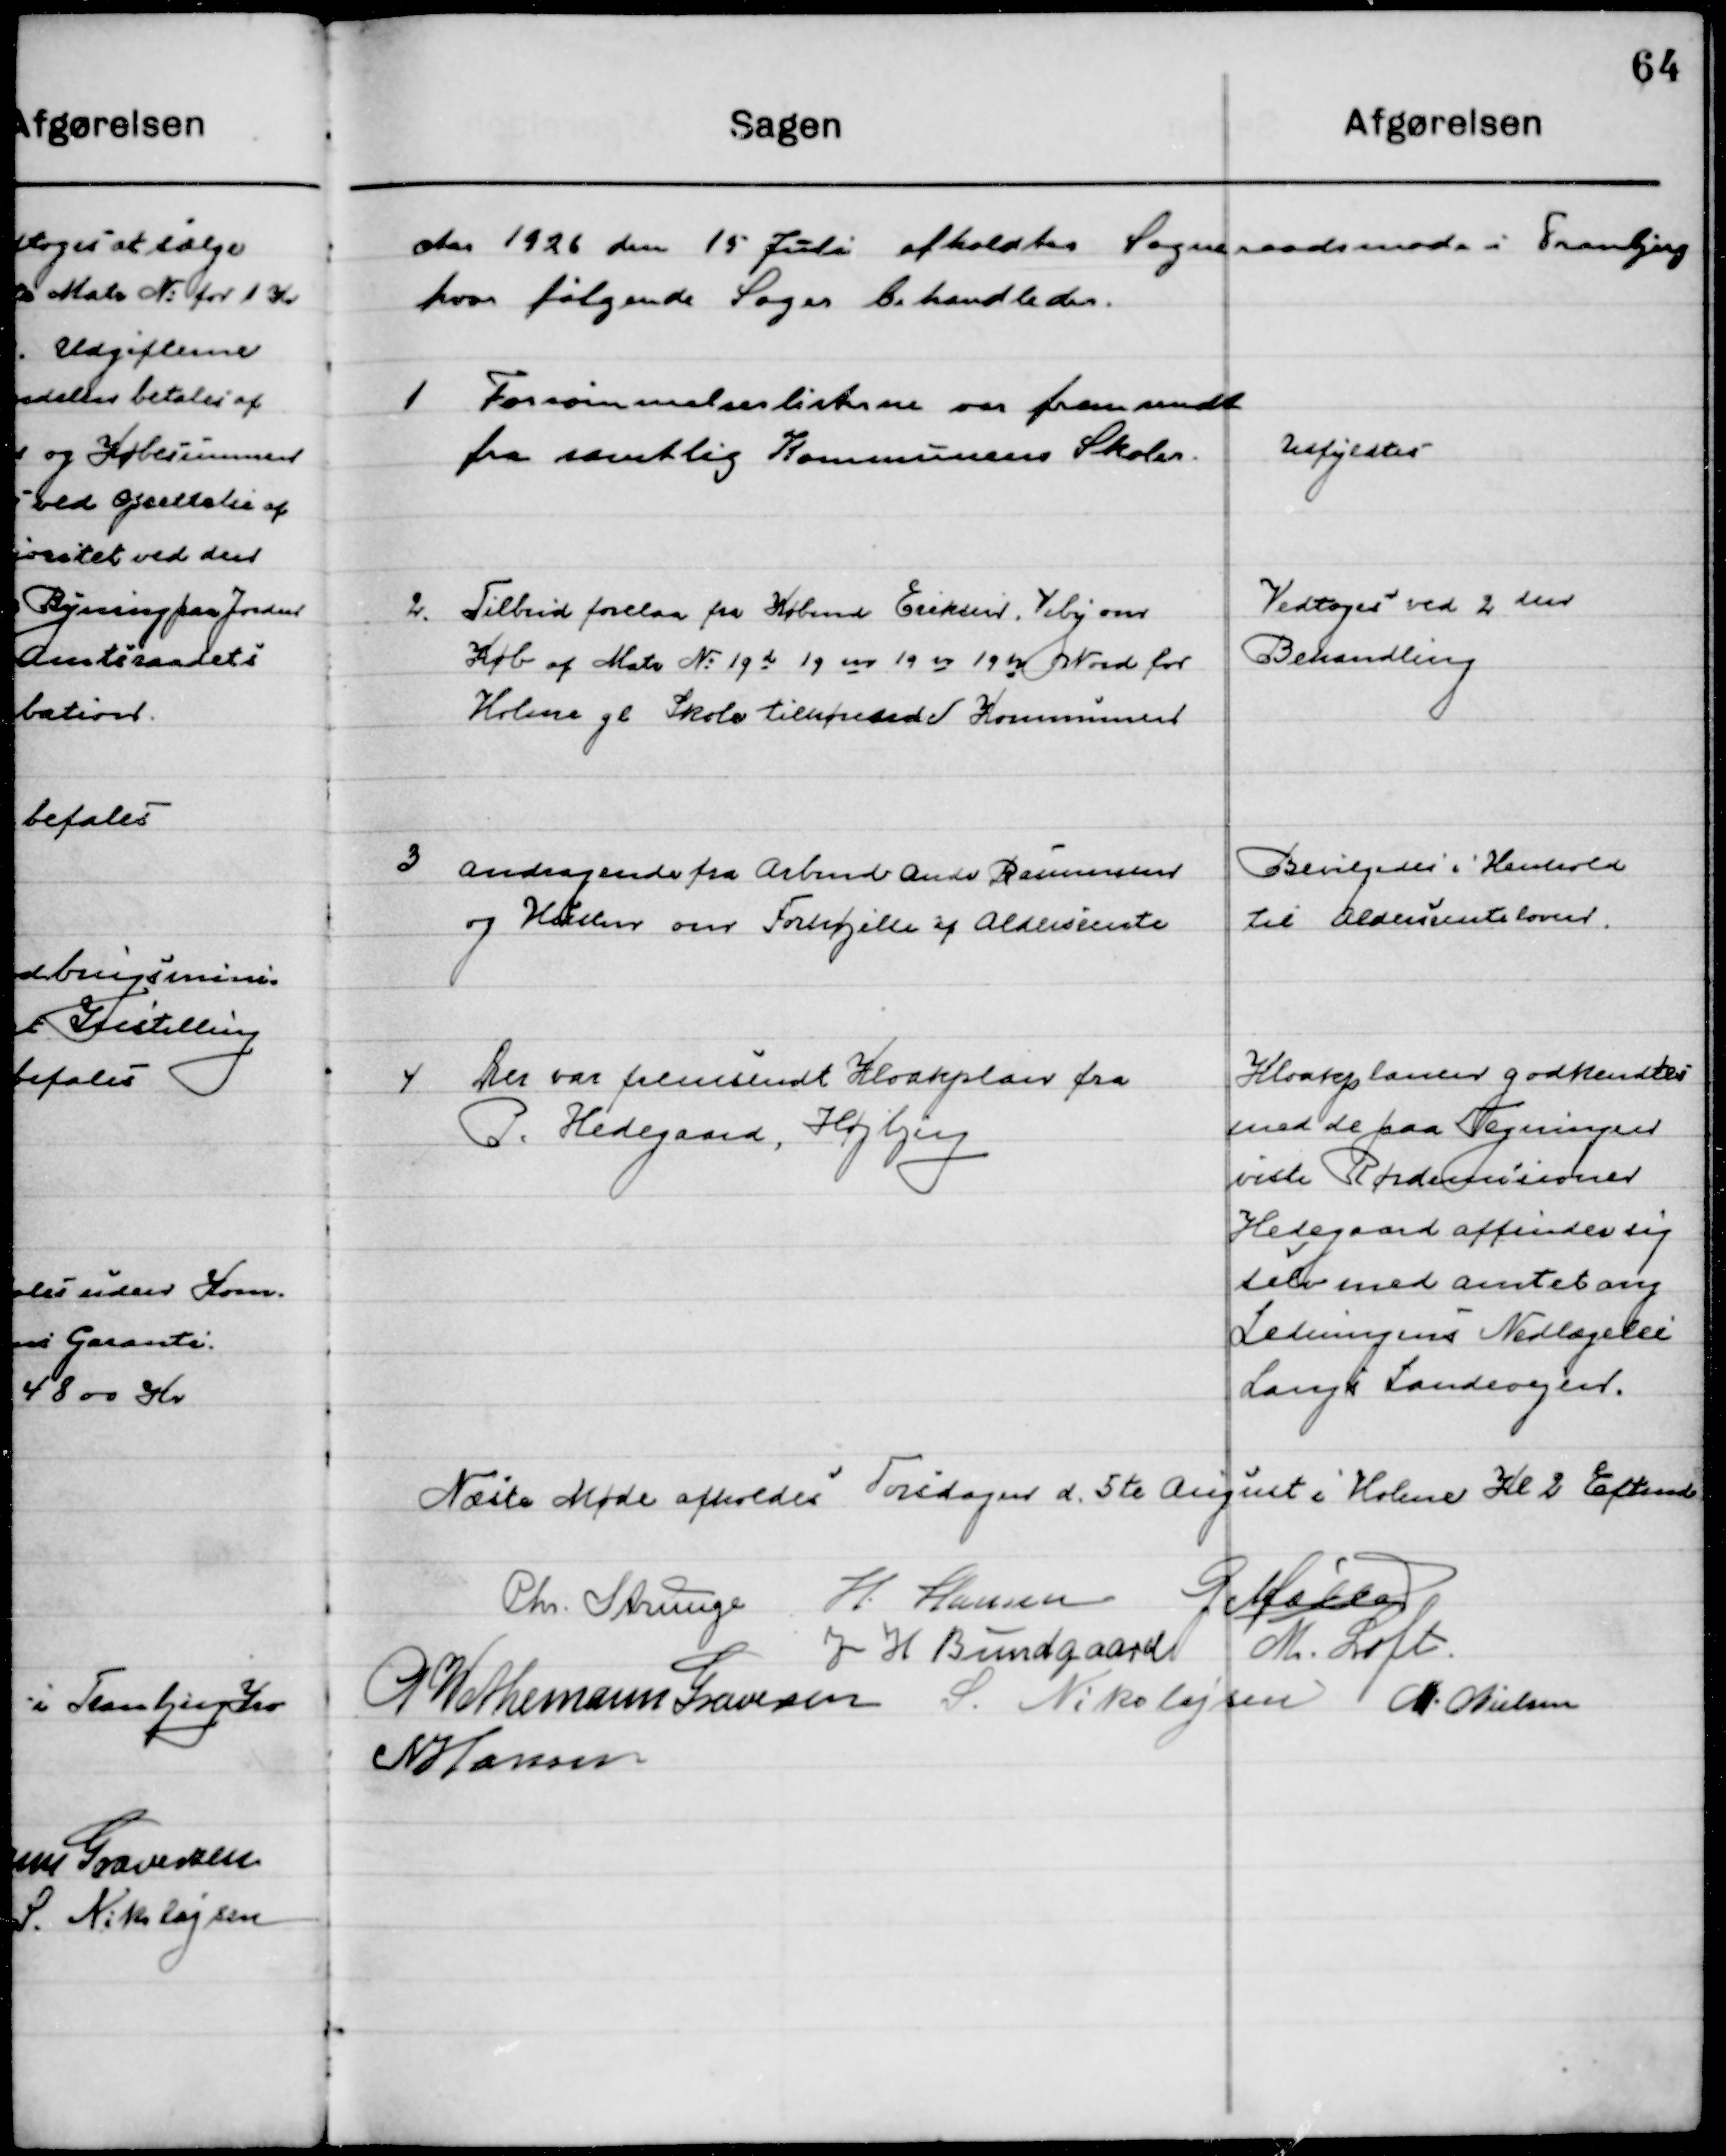
Transskription:
Aaret 1926 den 15 juli afholdtes Sogneraadsmøde i Tranbjerg 
hvor følgende Sager behandledes.

1

Forsømmelseslisten var fremsend
fra samtlige Kommunens Skoler.

Udfyldes

2

Tilbud forelaa fra Købmd. Eriksen Viby om
Køb af Matr. No. 19 d 19 m 19 er 19 h Nord for
Holme gl. Skole tilhørende Kommunen.

Vedtoges ved 2den
Behandling

3

Andragende fra Arbmd. Anders Rasmussen 
og Hustru om forhøjelse af Aldersrente.

Bevilgedes i Henhold
til Aldersrenteloven

4

Der var fremsendt Kloakplan fra
P. Hedegaard, Højbjerg.

Kloakplanen godkendtes
Med de paa Tegningen
viste Rørdimisioner
Hedegaard affinder sig
selv med Amtets ang.
Lednings Nedlæggelse
Langs Landevejen

Næste Møde afholdes Torsdagen d. 5te August i Holme  Kl. 2 Eftermd.

Chr. Strunge
H. Hansen
G. Møller
J. H. Bundgaard
M. Loft
P. Wethemann Graversen
S. Nikolajsen
M. Nielsen
N. Hansen